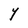
Character: Y